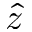
\hat { z }